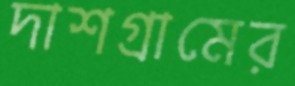
দাশগ্রামের